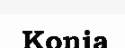
Konia